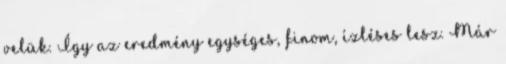
velük. Így az eredmény egységes, finom, ízléses lesz. Már